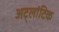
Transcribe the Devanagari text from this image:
अट्लांटिक